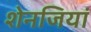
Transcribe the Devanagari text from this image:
शेनजियां